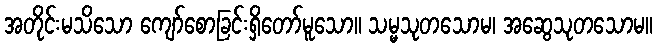
အတိုင်းမသိသော ကျော်စောခြင်းရှိတော်မူသော။ သမ္မသုတသောမ၊ အဆွေသုတသောမ။